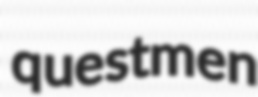
questmen